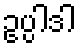
ဥပ္ပါဒါ